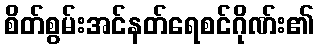
စိတ်စွမ်းအင်နတ်ရေစင်ဂိုဏ်း၏